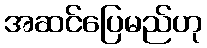
အဆင်ပြေမည်ဟု